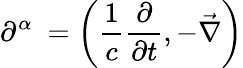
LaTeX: \partial^{\alpha}\ =\left({\frac{1}{c}}{\frac{\partial}{\partial t}},-{\vec{\nabla}}\right)